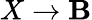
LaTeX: X\rightarrow\mathbf{B}